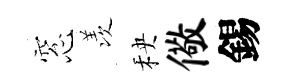
窓羡秧儆錫